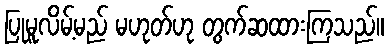
ပြုမူလိမ့်မည် မဟုတ်ဟု တွက်ဆထားကြသည်။